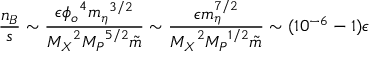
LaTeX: \frac { n _ { B } } { s } \sim \frac { \epsilon { \phi _ { o } } ^ { 4 } { m _ { \eta } } ^ { 3 / 2 } } { { M _ { X } } ^ { 2 } { M _ { P } } ^ { 5 / 2 } \tilde { m } } \sim \frac { \epsilon m _ { \eta } ^ { 7 / 2 } } { { M _ { X } } ^ { 2 } { M _ { P } } ^ { 1 / 2 } \tilde { m } } \sim ( 1 0 ^ { - 6 } - 1 ) \epsilon